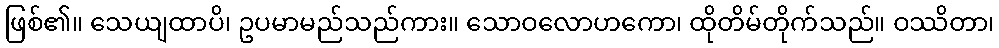
ဖြစ်၏။ သေယျထာပိ၊ ဥပမာမည်သည်ကား။ သောဝလောဟကော၊ ထိုတိမ်တိုက်သည်။ ဝဿိတာ၊